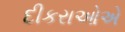
દીકરાઓએ